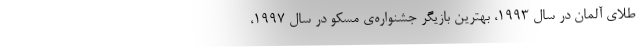
طلای آلمان در سال ۱۹۹۳،‌ بهترین بازیگر جشنواره‌ی مسکو در سال ۱۹۹۷،